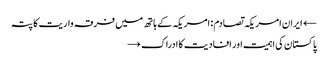
← ایران امریکہ تصادم : امریکہ کے ہاتھ میں فرقہ واریت کا پتہ
پاکستان کی اہمیت اور افادیت کا ادراک →